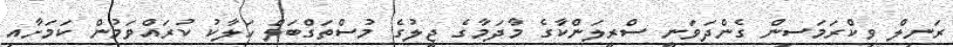
ރަނިލް ވިކްރަމަސިން ގެންދަވަނީ ސްރީލަންކާގެ މާދަމާގެ ޖީލުގެ މުސްތަގްބަލް ހަލާކު ކުރައްވަމުން ކަމަށާއި